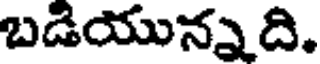
బడియున్నది.